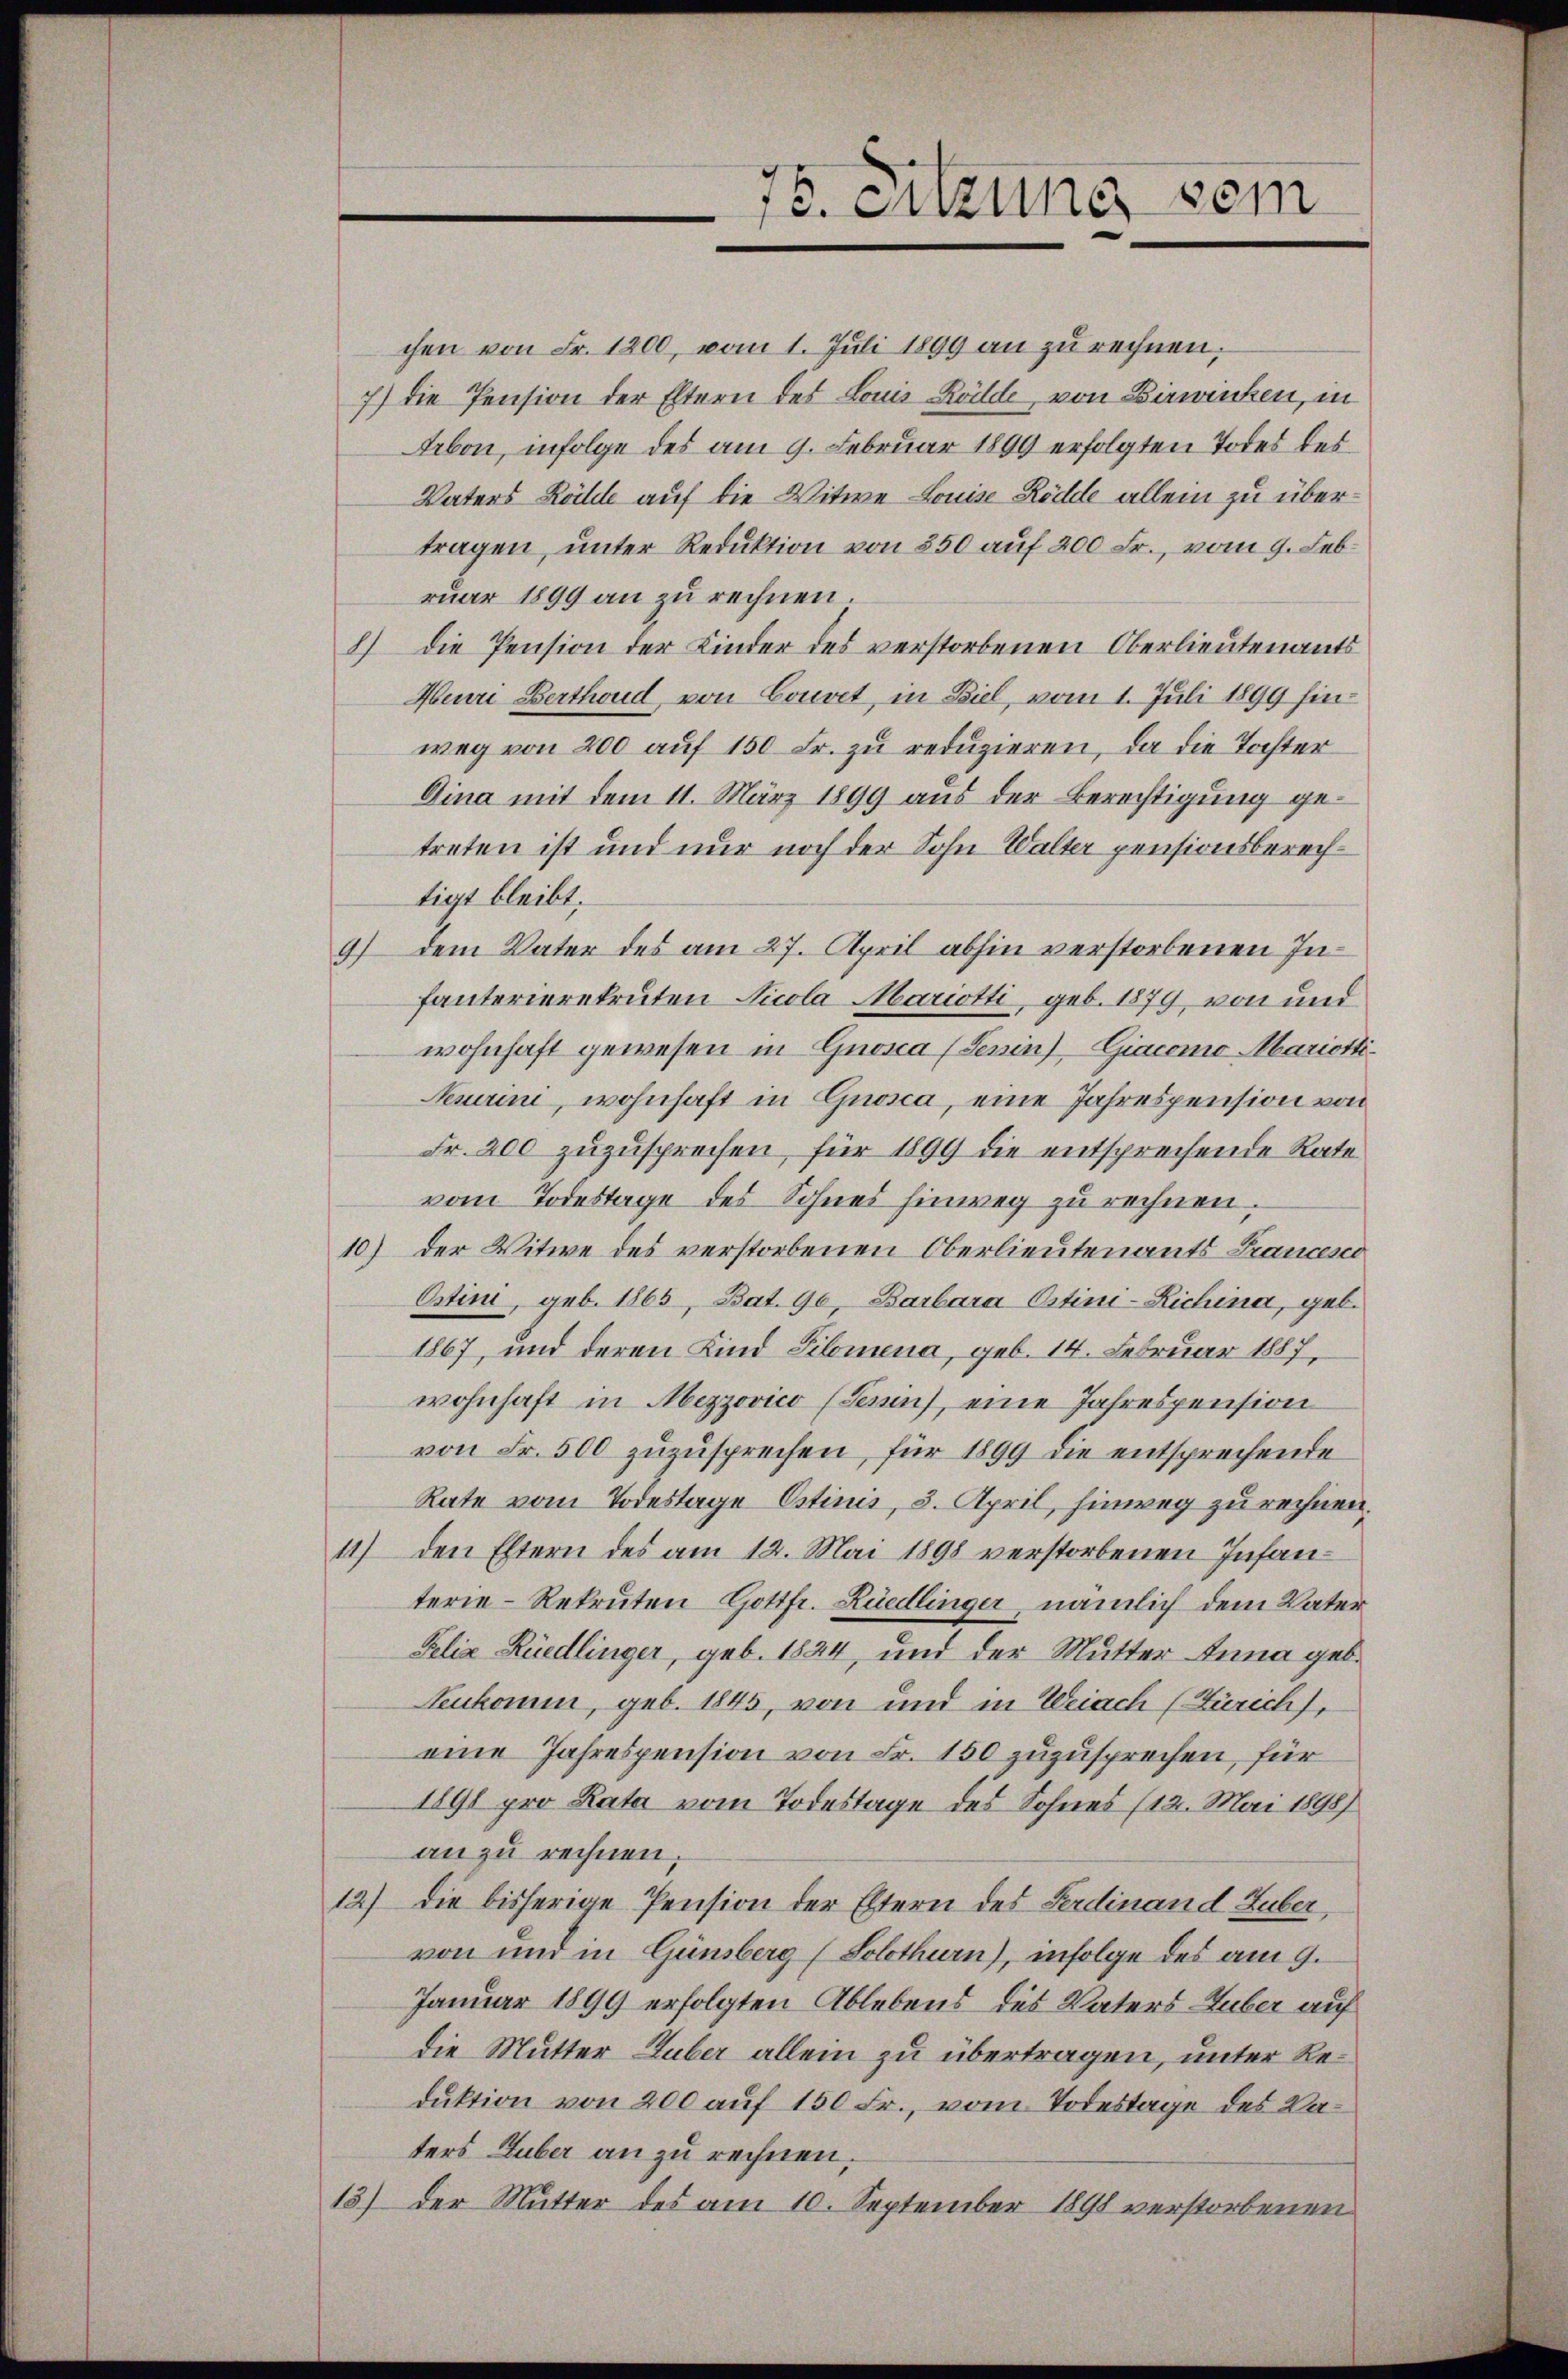
78. Sitzung sein

chen von Fr. 1200, vom 1. Juli 1899 an zu rechnen,
7) die Pension der Eltern des Louis Köilde, von Birwinken, in
Arbon, infolge des am 9. Februar 1899 erfolgten Todes des
Vaters Röhle auf die Witwe Louise Rödde allein zu übertragen, unter Reduktion von 350 auf 200 Fr., vom 9. Lebruar 1899 an zu rechnen.
8) Die Pension der Kinder des verstorbenen Oberlieutenants
Henri Berthoud von Couvet, in Ziel, vom 1. Juli 1899 hinweg von 200 aŭf 150 Fr. zŭ redŭzieren, da die Tochter
Dina mit dem 11. März 1899 aus der Berechtigung getreten ist und nur noch der Sohn Walter pensionsberechtigt bleibt.
9) dem Vater des am 27. April abhin verstorbenen Infanterierekruten Nicola Mariotti, geb. 1879 von und
wohnhaft gewesen in Gnosa (Jenin), Giacomo Mariotti¬
Nesurini, wohnhaft in Grosca, eine Jahrespension von
Fr. 200 zuzusprechen, für 1899 die entsprechende Rate
vom Todestage des Sohnes hinweg zu rechnen.
10) der Witwe des verstorbenen Oberlieutenants Frances
Ostini, geb. 1865, Bat. 90, Barbara Ostini-Richina, geb.
1867, und deren Kind Silomena, geb. 14. Februar 1887,
wohnhaft in Mezzovico (Terin), eine Jahrespension
von Fr. 500 zuzusprechen, für 1899 die entsprechende
Rate vom Todestage Ostinis, 3. April, hinweg zu rechnen.
11) den Eltern des am 12. Mai 1898 verstorbenen Infanterie-Rekruten Gottfr. Rüedlinger, nämlich dem Vater
Felix Rüedlinger, geb. 1824, und der Mutter Anna geb.
Neukomm, geb. 1845, von und in Weiach (Zürich),
eine Jahrespension von Fr. 150 zuzusprechen, für
1891 pro Rata vom Todestage des Sohnes (12. Mai 1898)
an zu rechnen.
12) Die bisherige Pension der Eltern des Ferdinand Huber,
von und in Günsberg (Solothurn), infolge des am 9.
Januar 1899 erfolgten Ablebens des Vaters Guber auf
die Mutter Huber allein zu übertragen, unter Reduktion von 200 auf 150 Fr., vom Todestage des Vaters Guber an zu rechnen.
13) Der Mutter des am 10. September 1898 verstorbenen